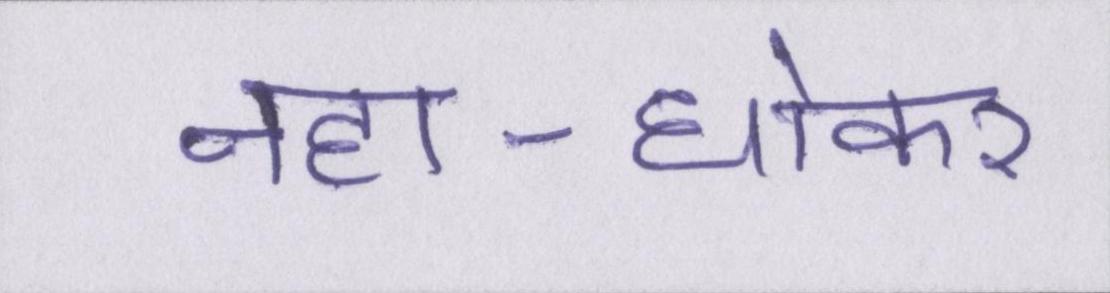
नहा-धोकर